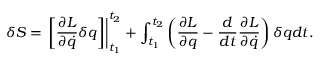
\delta S = \left. \left[ { \frac { \partial L } { \partial { \dot { q } } } } \delta q \right] \right| _ { t _ { 1 } } ^ { t _ { 2 } } + \int _ { t _ { 1 } } ^ { t _ { 2 } } \left( { \frac { \partial L } { \partial q } } - { \frac { d } { d t } } { \frac { \partial L } { \partial { \dot { q } } } } \right) \delta q d t .